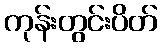
ကုန်းတွင်းပိတ်